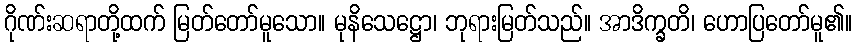
ဂိုဏ်းဆရာတို့ထက် မြတ်တော်မူသော။ မုနိသေဋ္ဌော၊ ဘုရားမြတ်သည်။ အာဒိက္ခတိ၊ ဟောပြတော်မူ၏။